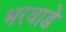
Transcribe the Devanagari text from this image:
भरवाडे